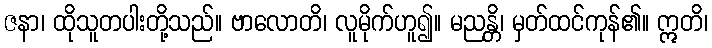
ဇနာ၊ ထိုသူတပါးတို့သည်။ ဗာလောတိ၊ လူမိုက်ဟူ၍။ မညန္တိ၊ မှတ်ထင်ကုန်၏။ ဣတိ၊